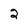
Character: 2